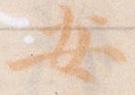
安